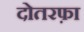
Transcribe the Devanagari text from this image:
दोतरफ़ा